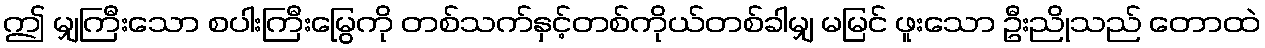
ဤ မျှကြီးသော စပါးကြီးမြွေကို တစ်သက်နှင့်တစ်ကိုယ်တစ်ခါမျှ မမြင် ဖူးသော ဦးညိုသည် တောထဲ